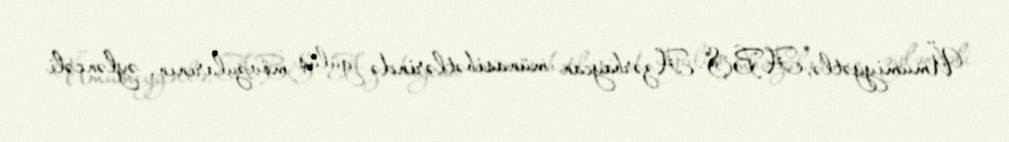
Ümumiyyətlə, ABŞ-Azərbaycan münasibətlərində gülüş mövzularının, əyləncəli